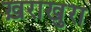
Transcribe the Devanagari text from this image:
ख़राखुरा